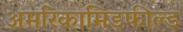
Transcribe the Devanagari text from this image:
अमरिकामिडफील्‍ड